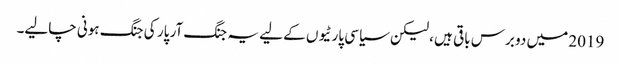
2019 میں دو برس باقی ہیں ، لیکن سیاسی پارٹیوں کے لیے یہ جنگ آر پار کی جنگ ہونی چالیے۔